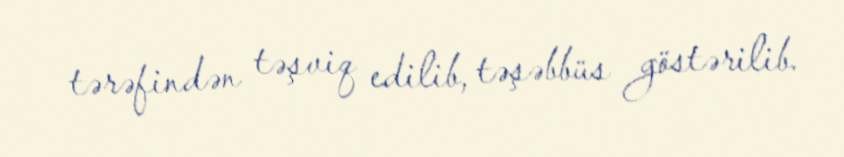
tərəfindən təşviq edilib, təşəbbüs göstərilib.